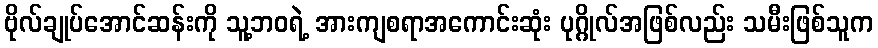
ဗိုလ်ချုပ်အောင်ဆန်းကို သူ့ဘဝရဲ့ အားကျစရာအကောင်းဆုံး ပုဂ္ဂိုလ်အဖြစ်လည်း သမီးဖြစ်သူက